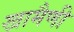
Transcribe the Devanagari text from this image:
खामैणी